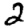
Digit: 2